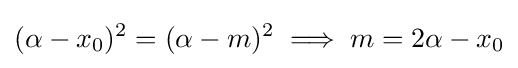
(\alpha -x_{0})^{2}=(\alpha -m)^{2}\implies m=2\alpha -x_{0}